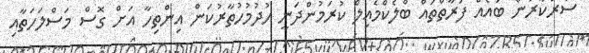
ސަރުކާރުން ބައެއް ފަރާތްތައް ބްލެކްމެއިލް ކުރަމުންދަނީ ހުދުމުހުތާރުކަން އިންތިހާ އަށް ގޮސް މަސްލަހަތާއި